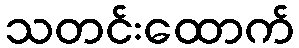
သတင်းထောက်